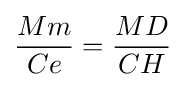
{\frac {Mm}{Ce}}={\frac {MD}{CH}}